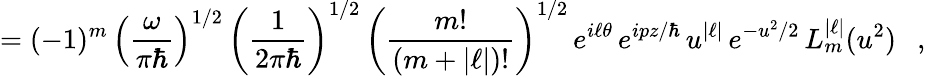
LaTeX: =(-1)^{m}\, \left(\frac{\omega}{\pi\hbar}\right)^{1/2}\, \left(\frac{1}{2\pi\hbar}\right)^{1/2}\, \left(\frac{m!}{(m+|\ell|)!}\right)^{1/2}\, e^{i\ell\theta}\, e^{ipz/\hbar}\, u^{|\ell|}\, e^{-u^{2}/2}\, L_{m}^{|\ell|}(u^{2})\ \ \ ,